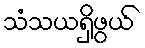
သံသယရှိဖွယ်